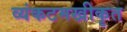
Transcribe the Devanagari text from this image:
व्यंकटमखीकृत